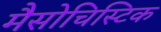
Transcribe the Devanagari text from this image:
मैसोचिस्टिक